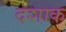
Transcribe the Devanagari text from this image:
दशाक